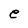
Character: e